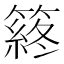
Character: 䈺